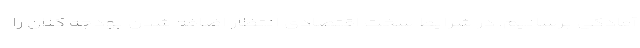
آمادگی برسانیم. در شرایط سخت اقتصادی انتظار اضافه شدن بودجه کلان را